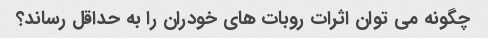
چگونه می توان اثرات روبات های خودران را به حداقل رساند؟